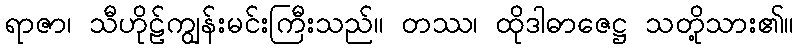
ရာဇာ၊ သီဟိုဠ်ကျွန်းမင်းကြီးသည်။ တဿ၊ ထိုဒါဓာဇေဋ္ဌ သတို့သား၏။